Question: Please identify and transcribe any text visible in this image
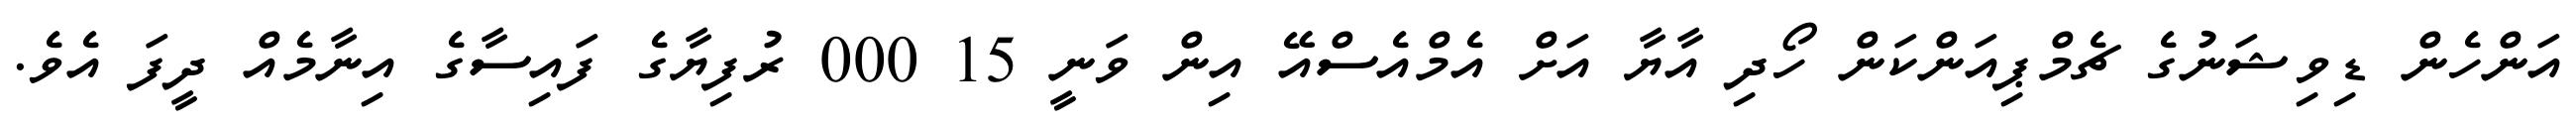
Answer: އަންހެން ޑިވިޝަނުގެ ޗެމްޕިއަންކަން ހޯދި އާޔާ އަށް އެމްއެސްއޭ އިން ވަނީ 15 000 ރުފިޔާގެ ފައިސާގެ އިނާމެއް ދީފަ އެވެ.